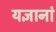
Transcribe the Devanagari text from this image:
यज्ञानां